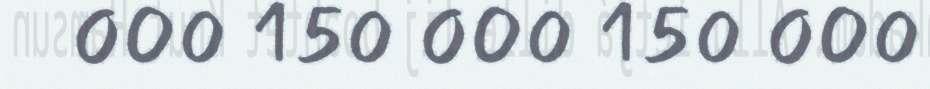
000 150 000 150 000